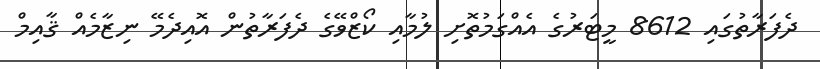
ދެފަރާތުގައި 8612 މީޓަރުގެ އެއްގަމުތޮށި ލުމާއި ކޯޒްވޭގެ ދެފަރާތުން އޮއިދެމޭ ނިޒާމެއް ޤާއިމް